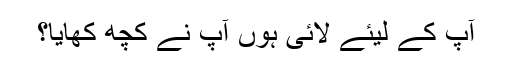
آپ کے لیئے لائی ہوں آپ نے کچھ کھایا؟